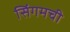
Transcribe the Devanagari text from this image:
सिंगमची